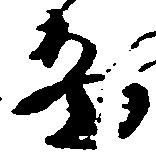
畠